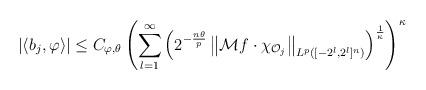
LaTeX: \begin{align*}|\langle b_{j},\varphi \rangle|\le C_{\varphi,\theta}\left(\sum_{l=1}^\infty\left(2^{-\frac{n\theta}{p}}\left\| {\mathcal M} f \cdot \chi_{{\mathcal O}_j}\right\|_{L^{p}([-2^l,2^l]^n)}\right)^{\frac{1}{\kappa}}\right)^{\kappa}\end{align*}